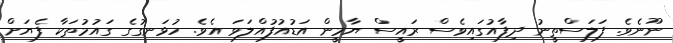
ނޫނެވެ. ފަލަސްތީނު ދިފާއުގައިވެސް ރައީސް ޔާމީން އަޑުއުފުއްލަވަ އެވެ. ހުޅަނގުގެ ގައުމުތަކާ ފެޔަށް